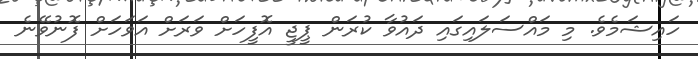
ހައިޝަމެވެ. މި މައްސަލައިގައި ދައުވާ ކުރަން ޕީޖީ އޮފީހަށް ވަރަށް އަވަހަށް ފޮނުވޭނެ